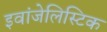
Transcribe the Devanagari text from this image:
इवांजेलिस्टिक